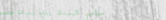
مطعم البستان يقدم وجبات ص